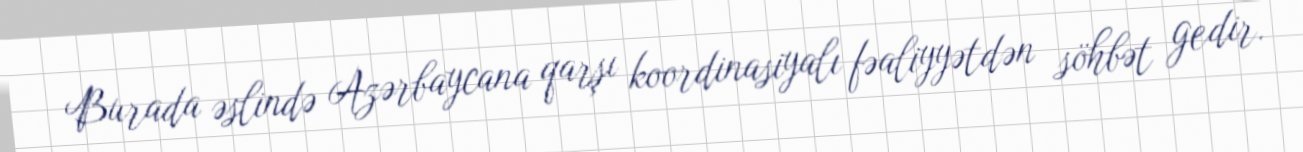
Burada əslində Azərbaycana qarşı koordinasiyalı fəaliyyətdən söhbət gedir.